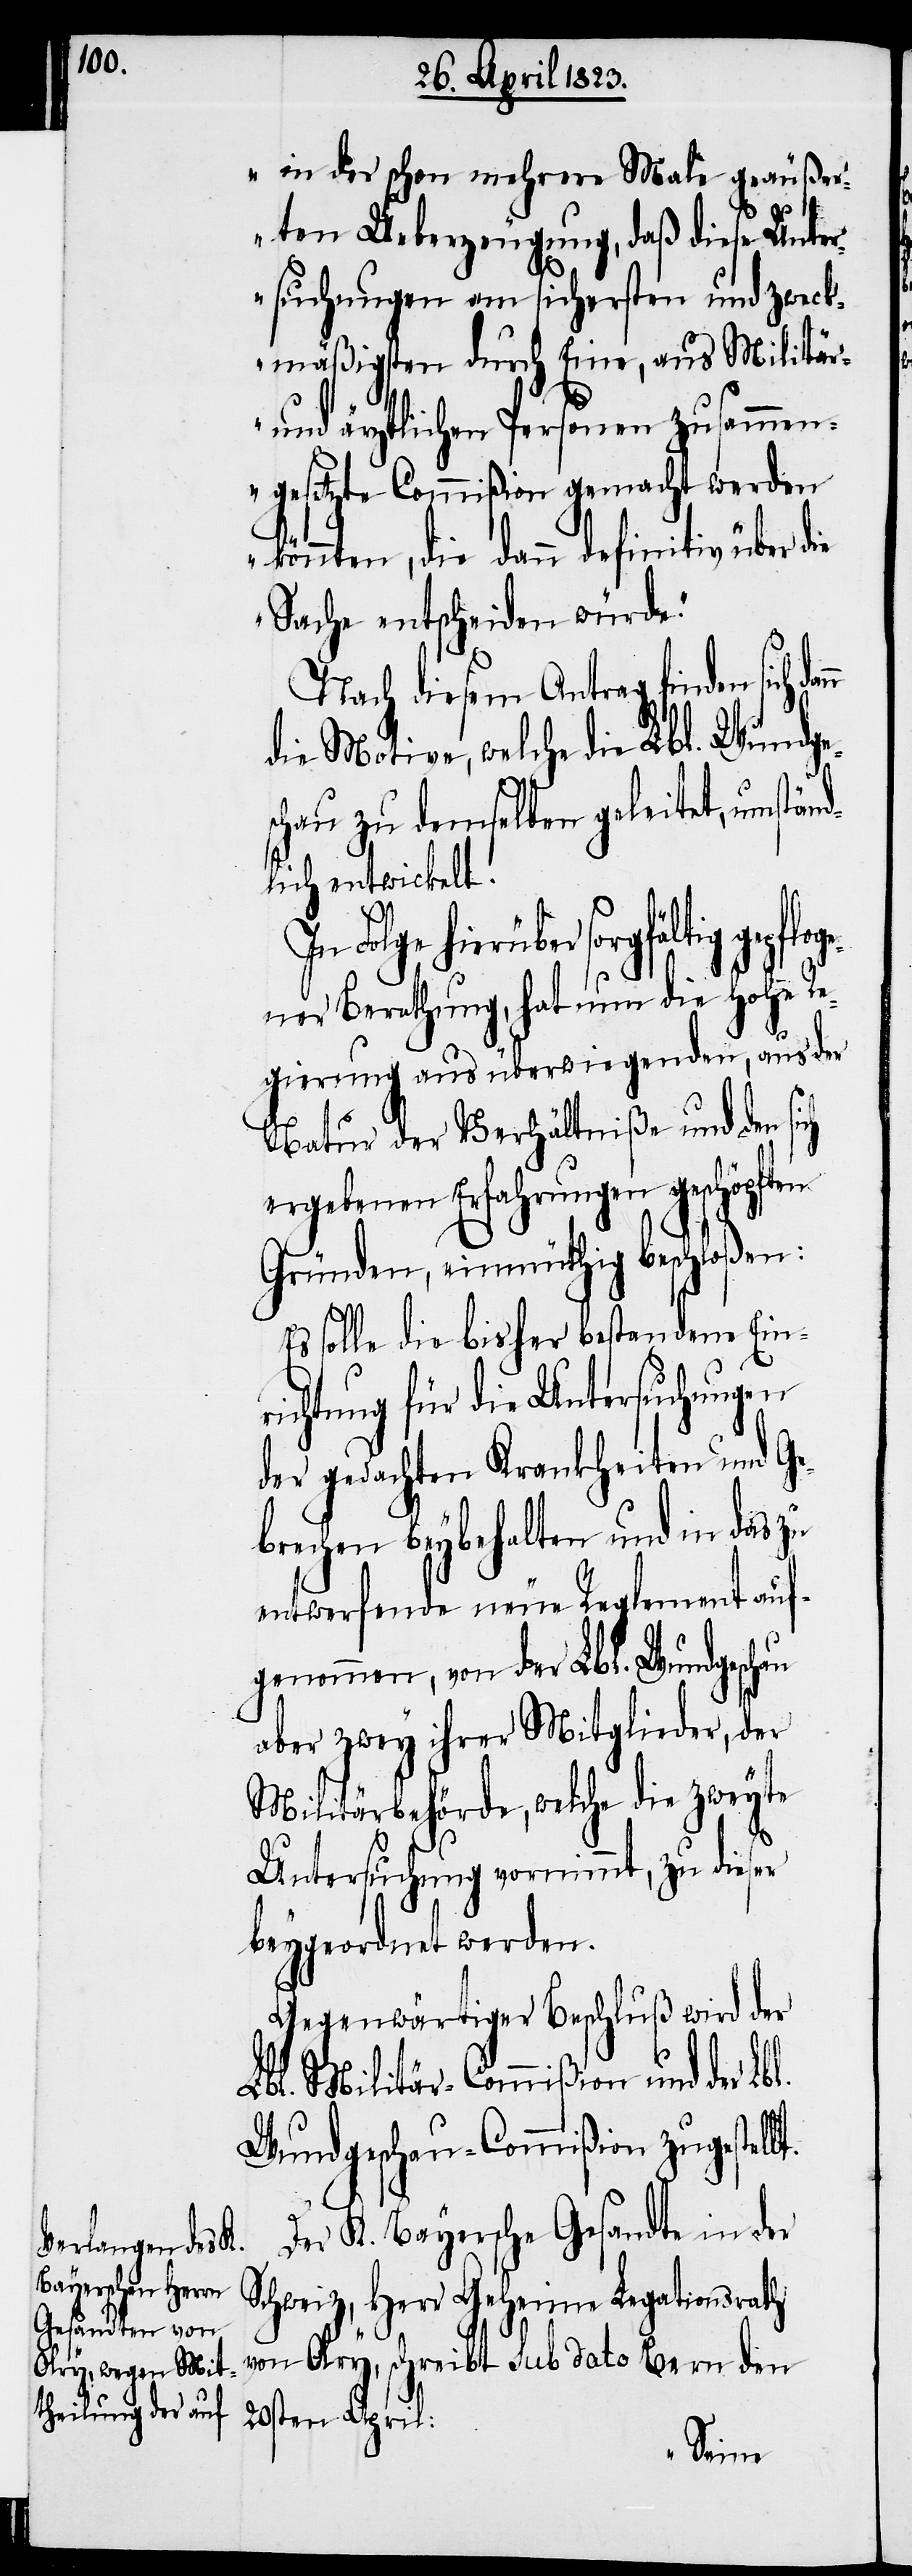
in der schon mehrere Male geäußer¬
t.
ten Ueberzeugung, daß diese Unter¬
suchungen am sichersten und zweck¬
mäßigsten durch Eine, aus Militär-
und ärztlichen Personen zusammen¬
gesetzte Commißion gemacht werden
könnten, die dann definitiv über die
Sache entscheiden würde.“
Nach diesem Antrag finden sich
die Motive, welche die Lbl. Wundge¬
schau zu demselben geleitet, umstän¬
dlich entwickelt.
er sorgfältig gepflog¬
ener Berathung, hat nun die hohe
Regierung aus überwiegenden, aus der
Natur der Verhältniße und den sich
ergebenen Erfahrungen geschöpften
Gründen, einmüthig beschloßen:
Es solle die bisher bestandene Ein¬
richtung für die Untersuchungen
der gedachten Krankheiten und Ge¬
brechen beybehalten und in das zu
entwerfende neue Reglement auf¬
genommen, von der Lbl. Wundgeschau
aber zwey ihrer Mitglieder, der
Militärbehörde, welche die zweyte
Untersuchung vornimmt, zu dieser
beygeordnet werden.
Gegenwärtiger Beschluß wird der
Lbl. Militär-Commißion und der Lbl.
Wundgeschau-Commißion zugestell¬
Der K. Bayersche Gesandte in der
Schweiz, Herr Geheime Legationsrath
von Olry, schreibt Sub dato Bern den
20sten April: